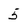
Character: 5